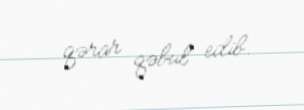
qərar qəbul edib.